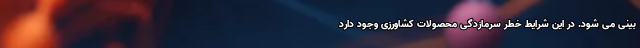
بینی می شود. در این شرایط خطر سرمازدگی محصولات کشاورزی وجود دارد